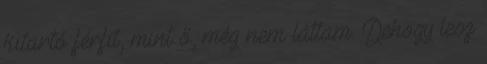
kitartó férfit, mint ő, még nem láttam. Dehogy lesz